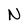
Character: N